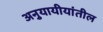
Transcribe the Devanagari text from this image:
अनुयायीयांतील